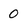
Character: 0